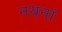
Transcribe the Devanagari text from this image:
नयनां